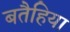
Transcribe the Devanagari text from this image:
बतैहिया